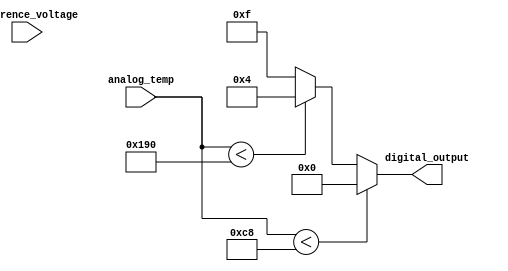
module thermal_encoder (
    input wire [9:0] analog_temp,    // 10-bit analog temperature input
    input wire [9:0] reference_voltage, // Reference voltage for comparison
    output reg [3:0] digital_output    // 4-bit digital output
);

// Define temperature thresholds (in a normalized scale)
localparam T_LOW    = 10'd200;   // -20C (normalized)
localparam T_0      = 10'd400;   // 0C (normalized)
localparam T_HIGH   = 10'd1000;  // 100C (normalized)

// Comparator logic to determine the range of the input temperature
always @(*) begin
    if (analog_temp < T_LOW) begin
        digital_output = 4'b0000; // Output for -20C
    end else if (analog_temp < T_0) begin
        digital_output = 4'b0100; // Output for 0C
    end else if (analog_temp < T_HIGH) begin
        digital_output = 4'b1111; // Output for 100C
    end else begin
        digital_output = 4'b1111; // Out of range (can be adjusted)
    end
end

endmodule